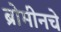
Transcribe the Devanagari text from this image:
ब्रोमीनचे